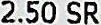
2.50 SR